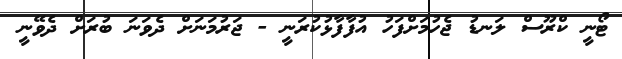
ޓޯނީ ކްރޫސް ލަނޑު ޖެހުމަށްފަހު އުފާފާޅުކުރަނީ - ޖަރުމަނަށް ދެވަނަ ބުރަށް ދެވޭނީ